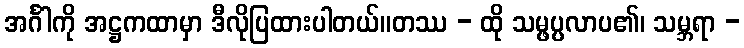
အင်္ဂါကို အဋ္ဌကထာမှာ ဒီလိုပြထားပါတယ်။တဿ - ထို သမ္ဖပ္ပလာပ၏၊ သမ္ဘရာ -